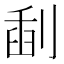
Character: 𠝞